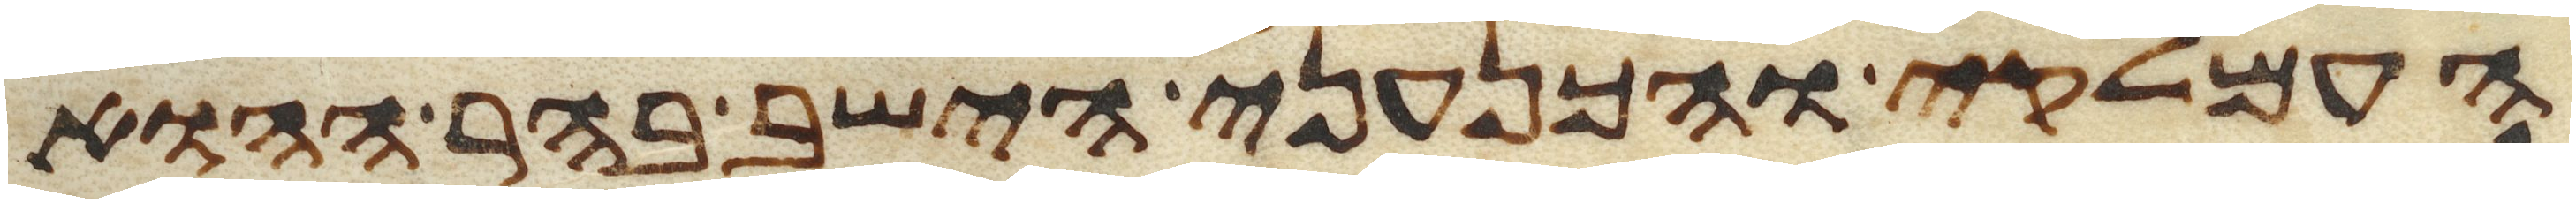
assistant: העמלקי והכנעני הישב בהר ההוא